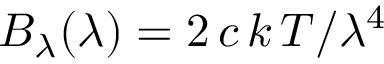
B _ { \lambda } ( \lambda ) = 2 \, c \, k \, T / \lambda ^ { 4 }